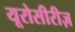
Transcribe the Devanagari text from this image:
यूरोसीरीज़